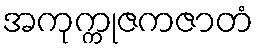
အကုက္ကုဇကဇာတံ